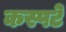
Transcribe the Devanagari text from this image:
कस्पटे